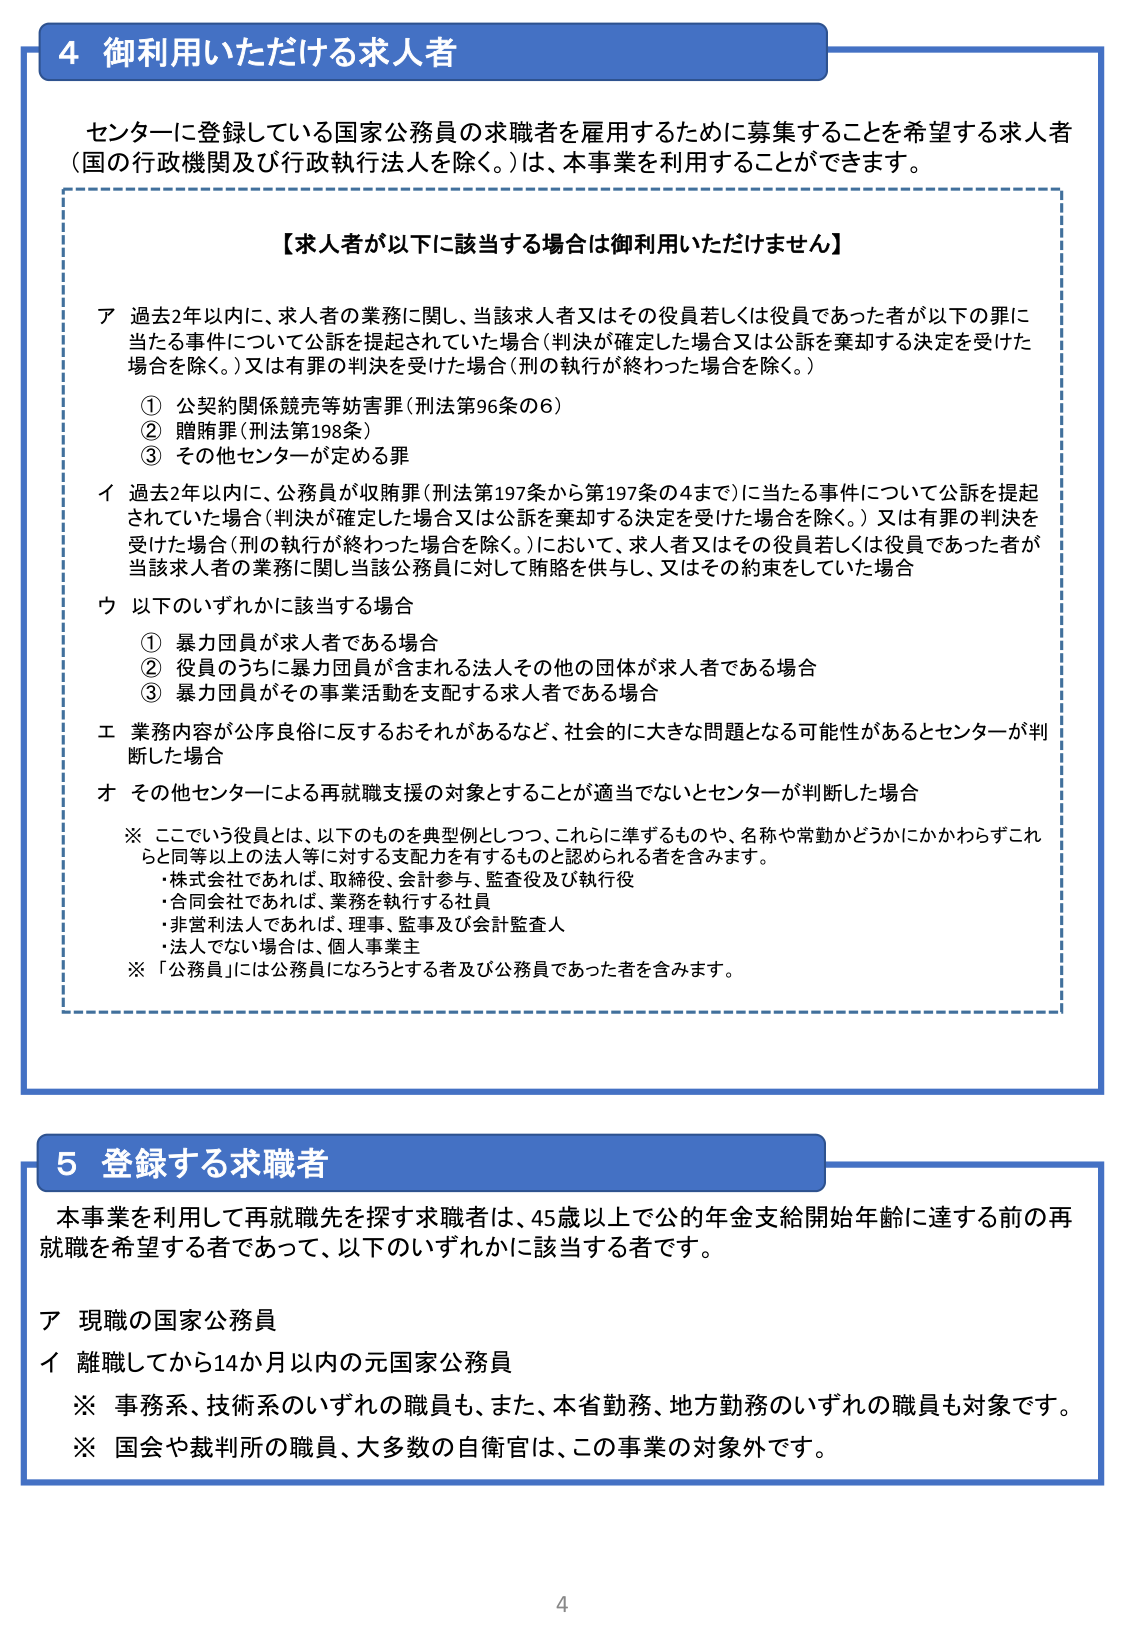
4 御利用いただける求人者

センターに登録している国家公務員の求職者を雇用するために募集することを希望する求人者（国の行政機関及び行政執行法人を除く。）は、本事業を利用することができます。

【求人者が以下に該当する場合は御利用いただけません】

ア 過去2年以内に、求人者の業務に関し、当該求人者又はその役員若しくは役員であった者が以下の罪に当たる事件について公訴を提起されていた場合（判決が確定した場合又は公訴を棄却する決定を受けた場合を除く。）又は有罪の判決を受けた場合（刑の執行が終わった場合を除く。）
① 公契約関係競売等妨害罪（刑法第96条の6）
② 贈賄罪（刑法第198条）
③ その他センターが定める罪

イ 過去2年以内に、公務員が収賄罪（刑法第197条から第197条の4まで）に当たる事件について公訴を提起されていた場合（判決が確定した場合又は公訴を棄却する決定を受けた場合を除く。）又は有罪の判決を受けた場合（刑の執行が終わった場合を除く。）において、求人者又はその役員若しくは役員であった者が当該求人者の業務に関し当該公務員に対して賄賂を供与し、又はその約束をしていた場合

ウ 以下のいずれかに該当する場合
① 暴力団員が求人者である場合
② 役員のうちに暴力団員が含まれる法人その他の団体が求人者である場合
③ 暴力団員がその事業活動を支配する求人者である場合

エ 業務内容が公序良俗に反するおそれがあるなど、社会的に大きな問題となる可能性があるとセンターが判断した場合

オ その他センターによる再就職支援の対象とすることが適当でないとセンターが判断した場合

※ ここでいう役員とは、以下のものを典型例としつつ、これらに準ずるものや、名称や常勤かどうかにかかわらずこれらと同等以上の法人等に対する支配力を有するものと認められる者を含みます。
・株式会社であれば、取締役、会計参与、監査役及び執行役
・合同会社であれば、業務を執行する社員
・非営利法人であれば、理事、監事及び会計監査人
・法人でない場合は、個人事業主

※ 「公務員」には公務員になろうとする者及び公務員であった者を含みます。

5 登録する求職者

本事業を利用して再就職先を探す求職者は、45歳以上で公的年金支給開始年齢に達する前の再就職を希望する者であって、以下のいずれかに該当する者です。

ア 現職の国家公務員
イ 離職してから14か月以内の元国家公務員

※ 事務系、技術系のいずれの職員も、また、本省勤務、地方勤務のいずれの職員も対象です。
※ 国会や裁判所の職員、大多数の自衛官は、この事業の対象外です。

4